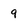
Character: 9